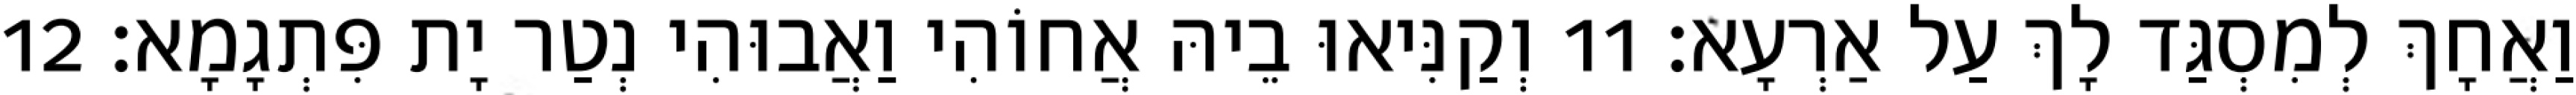
וַאֲחָךְ לְמִסְגַּד לָךְ עַל אַרְעָא׃ 11 וְקַנִּיאוּ בֵיהּ אֲחוֹהִי וַאֲבוּהִי נְטַר יָת פִּתְגָמָא׃ 12